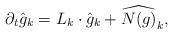
LaTeX: \begin{align*}\partial_t \hat{g}_k = L_k \cdot \hat{g}_k + \widehat{N(g)}_k,\end{align*}